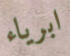
ابرياء